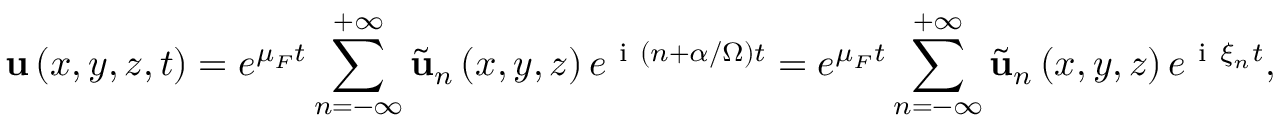
\mathbf { u } \left( x , y , z , t \right) = e ^ { \mu _ { F } t } \sum _ { n = - \infty } ^ { + \infty } \tilde { \mathbf { u } } _ { n } \left( x , y , z \right) e ^ { \mathrm { ~ i ~ } \left( n + \alpha / \Omega \right) t } = e ^ { \mu _ { F } t } \sum _ { n = - \infty } ^ { + \infty } \tilde { \mathbf { u } } _ { n } \left( x , y , z \right) e ^ { \mathrm { ~ i ~ } \xi _ { n } t } ,